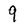
Character: 9